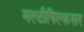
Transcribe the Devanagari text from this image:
मल्टीपिल्कसर